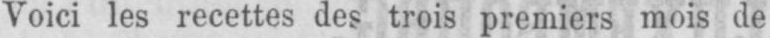
Voici les recettes des trois premiers mois de